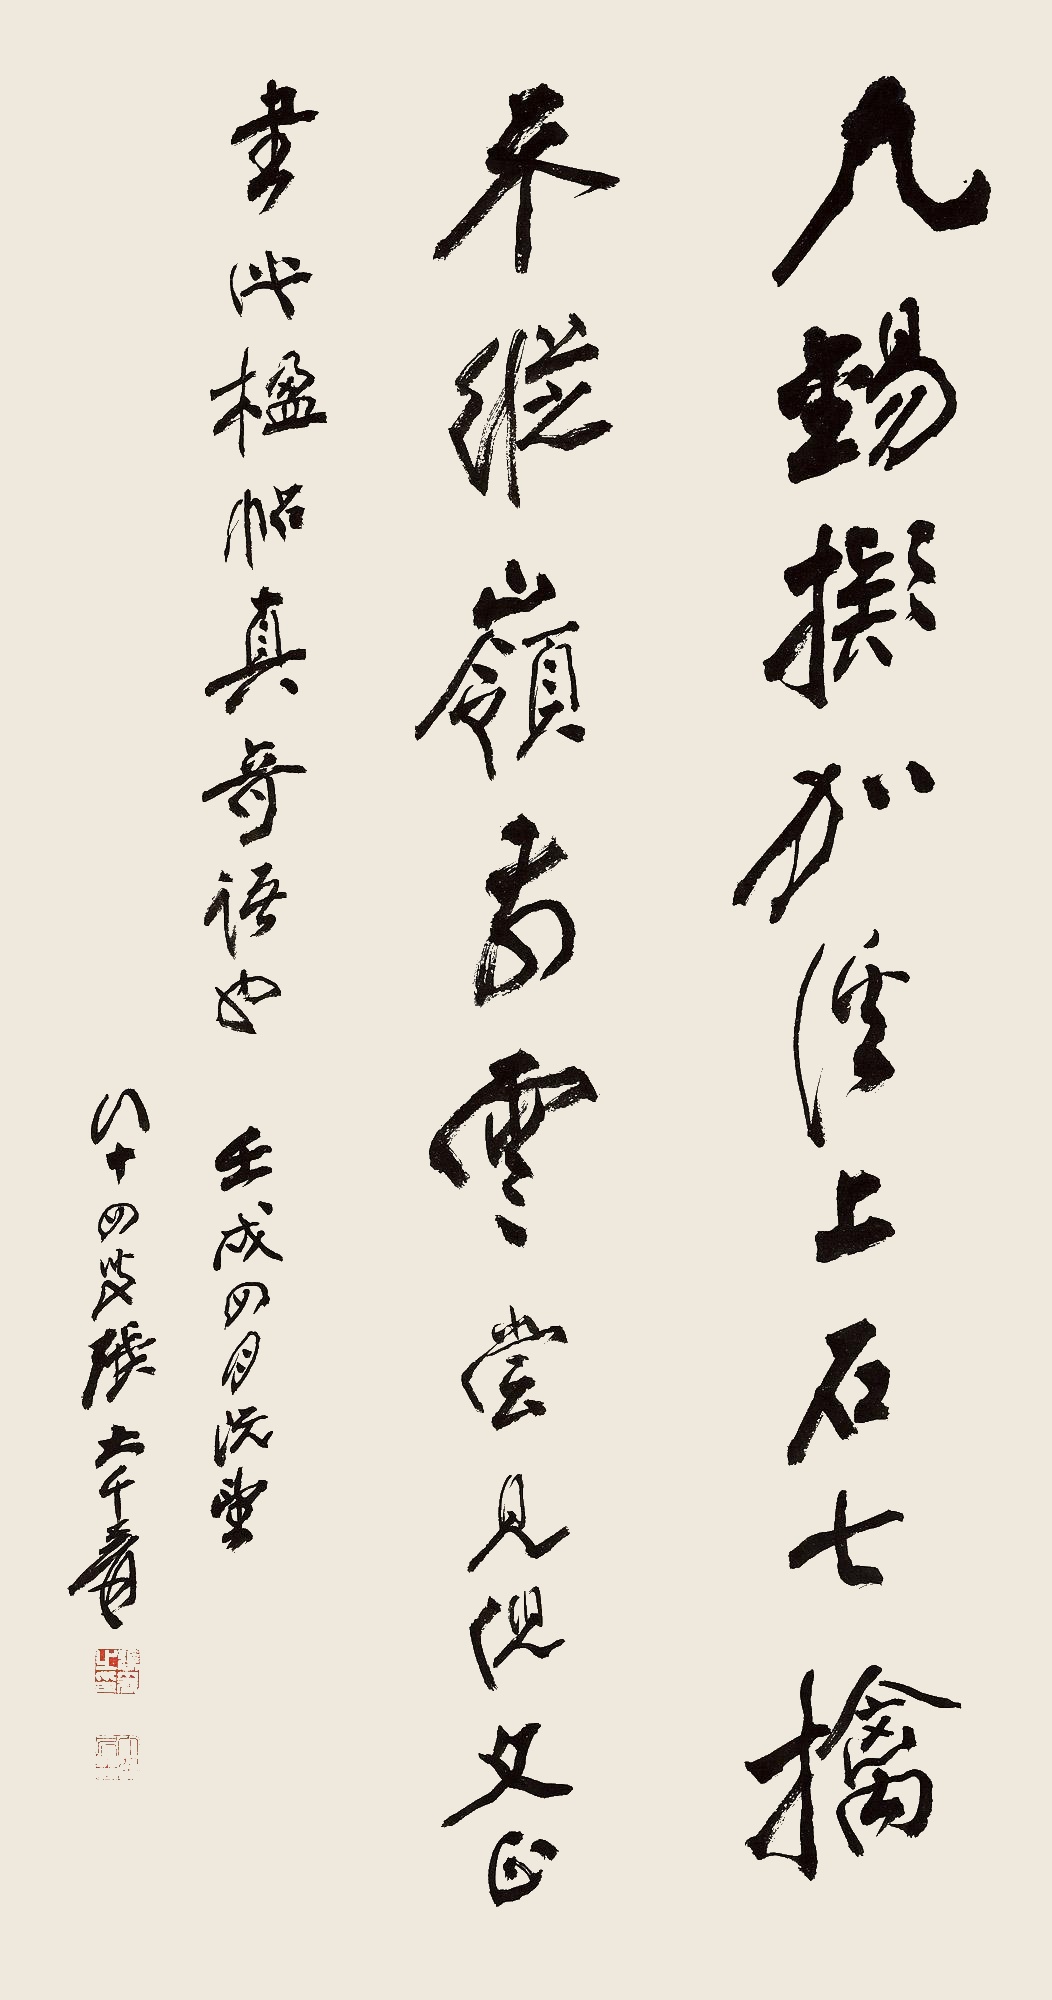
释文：九锡拟加溪上石，七擒不纵岭前云。尝见倪文正书此楹帖，真奇语也。壬戌四月既望，八十四叟张大千爰。